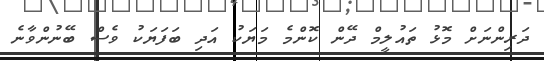
ދަރިންނަށް މޮޅު ތައުލީމް ދޭން ކޮންމެ މަޔަކު އަދި ބަފަޔަކު ވެސް ބޭނުންވާނެ